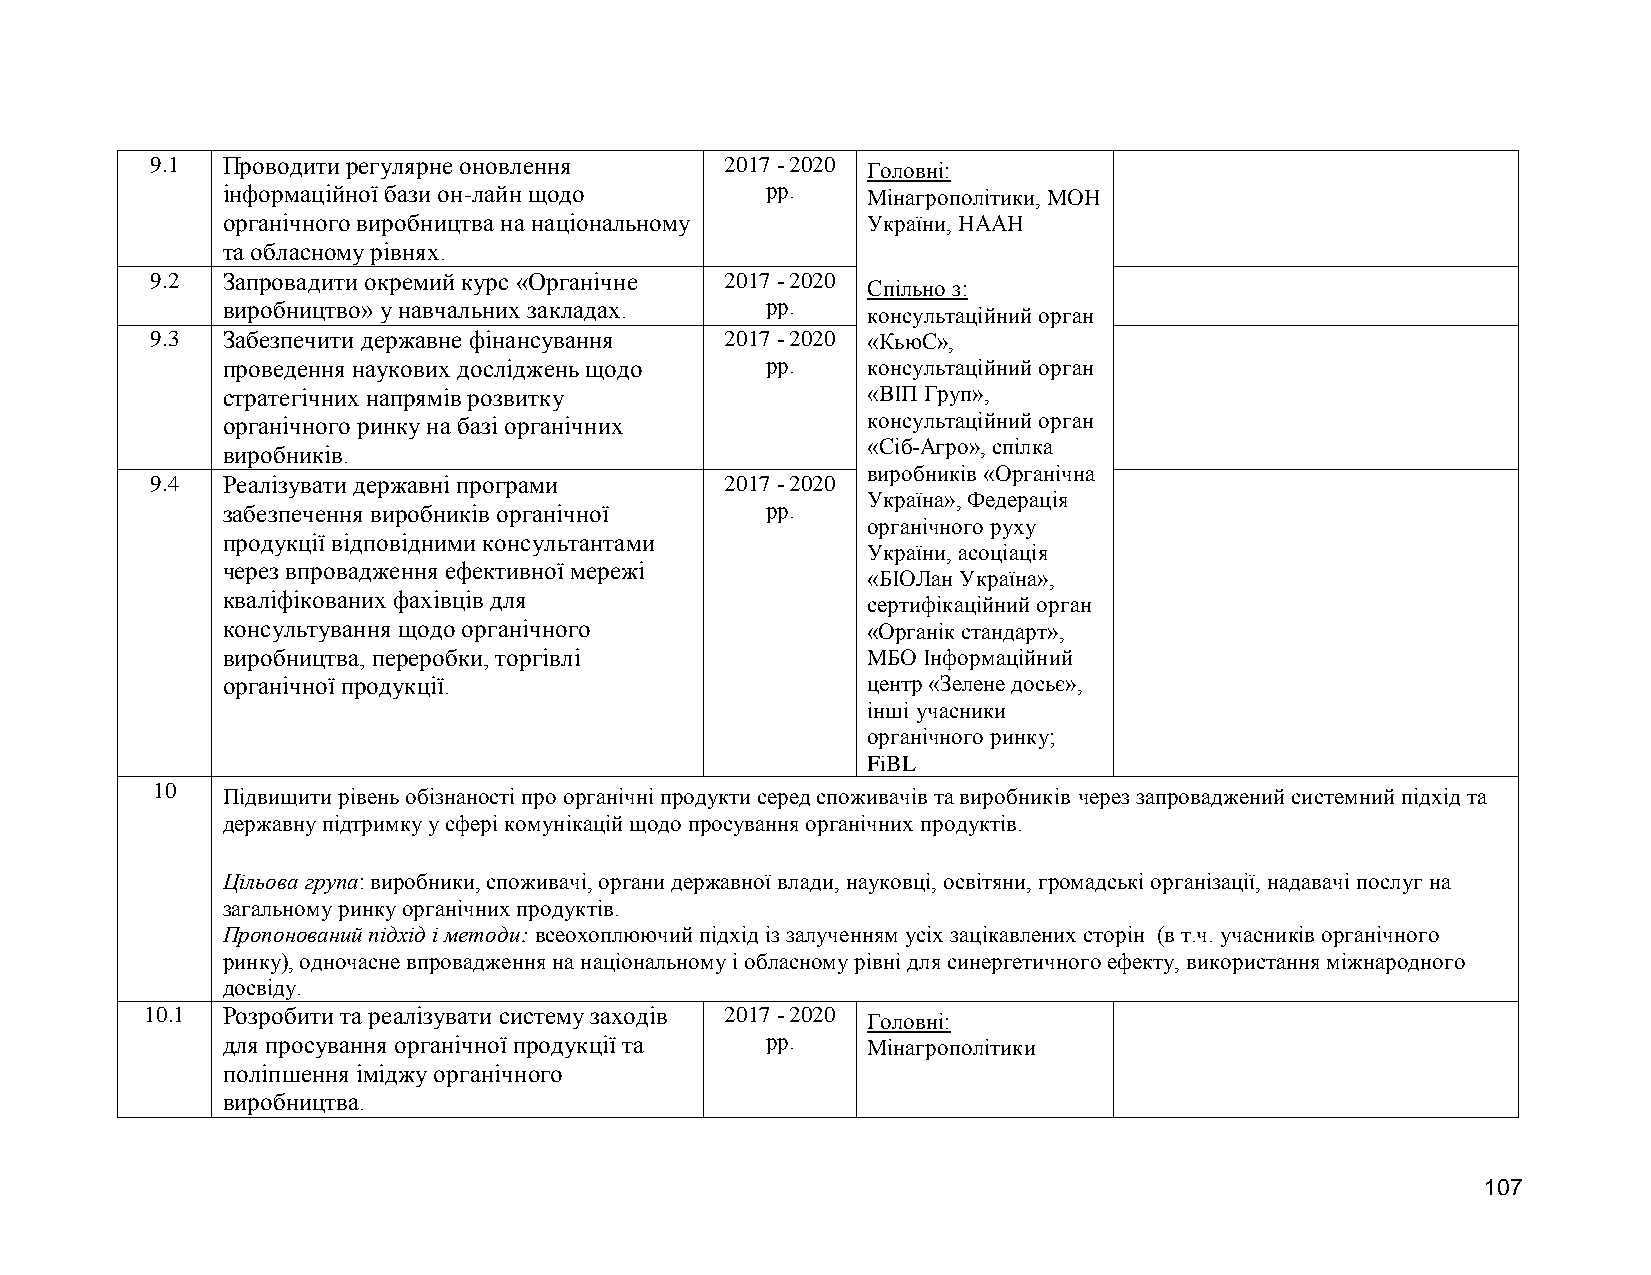
9.1  Проводити регулярне оновлення    2017 - 2020 Головні:
 інформаційної бази он-лайн щодо     рр.   Мінагрополітики, МОН
 органічного виробництва на національному  України, НААН
 та обласному рівнях.
 9.2  Запровадити окремий курс «Органічне 2017 - 2020
 Спільно з:
 виробництво» у навчальних закладах. рр.   консультаційний орган
 9.3  Забезпечити державне фінансування 2017 - 2020 «КьюС»,
 проведення наукових досліджень щодо рр.   консультаційний орган
 стратегічних напрямів розвитку            «ВІП Груп»,
 органічного ринку на базі органічних      консультаційний орган
 «Сіб-Агро», спілка
 виробників.
 виробників «Органічна
 9.4  Реалізувати державні програми    2017 - 2020
 Україна», Федерація
 забезпечення виробників органічної  рр.
 органічного руху
 продукції відповідними консультантами
 України, асоціація
 через впровадження ефективної мережі
 «БІОЛан Україна»,
 кваліфікованих фахівців для               сертифікаційний орган
 консультування щодо органічного           «Органік стандарт»,
 виробництва, переробки, торгівлі          МБО Інформаційний
 органічної продукції.                     центр «Зелене досьє»,
 інші учасники
 органічного ринку;
 FiBL
 10   Підвищити рівень обізнаності про органічні продукти серед споживачів та виробників через запроваджений системний підхід та
 державну підтримку у сфері комунікацій щодо просування органічних продуктів.
 Цільова група: виробники, споживачі, органи державної влади, науковці, освітяни, громадські організації, надавачі послуг на
 загальному ринку органічних продуктів.
 Пропонований підхід і методи: всеохоплюючий підхід із залученням усіх зацікавлених сторін (в т.ч. учасників органічного
 ринку), одночасне впровадження на національному і обласному рівні для синергетичного ефекту, використання міжнародного
 досвіду.
 10.1 Розробити та реалізувати систему заходів 2017 - 2020 Головні:
 для просування органічної продукції та рр. Мінагрополітики
 поліпшення іміджу органічного
 виробництва.
 107